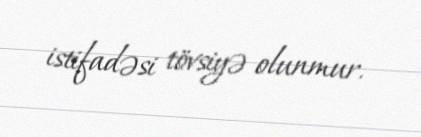
istifadəsi tövsiyə olunmur.